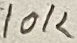
Text: 10K